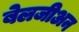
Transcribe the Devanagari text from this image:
बेलजीअन